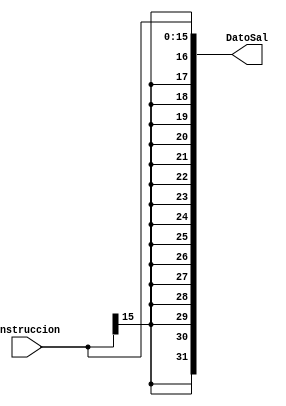
`timescale 1ns/1ns

module SignExtend(
input [15:0]Instruccion,

output [31:0]DatoSal
);

assign DatoSal = {{16{Instruccion[15]}}, Instruccion};

endmodule